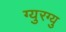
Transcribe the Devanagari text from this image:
ग्युरग्यु